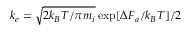
k _ { e } = \sqrt { 2 k _ { B } T / \pi m _ { i } } \exp [ \Delta F _ { a } / k _ { B } T ] / 2